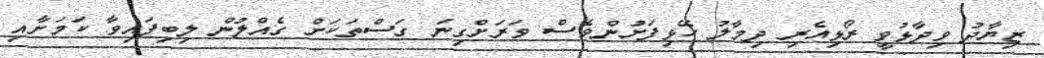
ޒިޔާދު ވިދާޅުވީ ރޯޅިއެރި ދިމާލު ހޭޅިފަށުންވެސް ވަރަށްގިނަ ގަސްތަކަށް ގެއްލުން ލިބިފައިވާ ކަމަށާއި